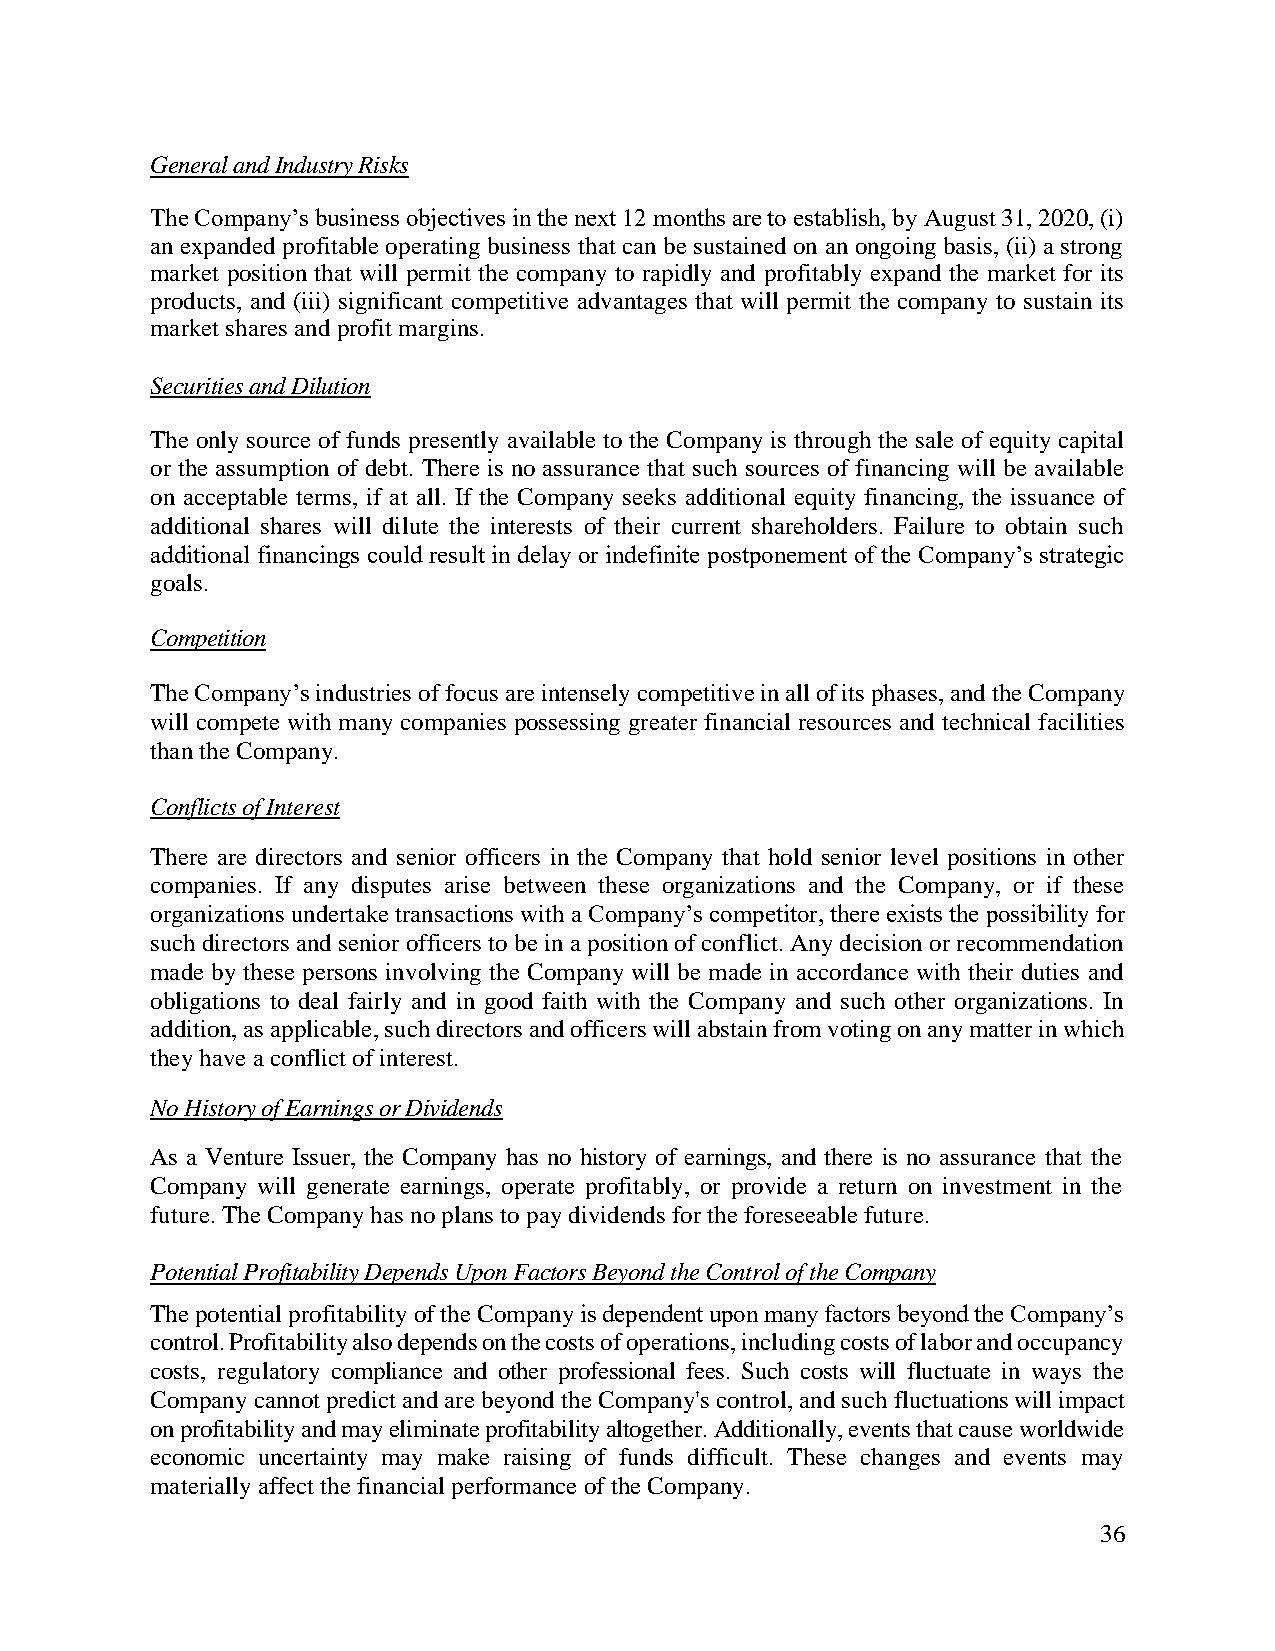
General and Industry Risks
 The Company’s business objectives in the next 12 months are to establish, by August 31, 2020, (i)
 an expanded profitable operating business that can be sustained on an ongoing basis, (ii) a strong
 market position that will permit the company to rapidly and profitably expand the market for its
 products, and (iii) significant competitive advantages that will permit the company to sustain its
 market shares and profit margins.
 Securities and Dilution
 The only source of funds presently available to the Company is through the sale of equity capital
 or the assumption of debt. There is no assurance that such sources of financing will be available
 on acceptable terms, if at all. If the Company seeks additional equity financing, the issuance of
 additional shares will dilute the interests of their current shareholders. Failure to obtain such
 additional financings could result in delay or indefinite postponement of the Company’s strategic
 goals.
 Competition
 The Company’s industries of focus are intensely competitive in all of its phases, and the Company
 will compete with many companies possessing greater financial resources and technical facilities
 than the Company.
 Conflicts of Interest
 There are directors and senior officers in the Company that hold senior level positions in other
 companies. If any disputes arise between these organizations and the Company, or if these
 organizations undertake transactions with a Company’s competitor, there exists the possibility for
 such directors and senior officers to be in a position of conflict. Any decision or recommendation
 made by these persons involving the Company will be made in accordance with their duties and
 obligations to deal fairly and in good faith with the Company and such other organizations. In
 addition, as applicable, such directors and officers will abstain from voting on any matter in which
 they have a conflict of interest.
 No History of Earnings or Dividends
 As a Venture Issuer, the Company has no history of earnings, and there is no assurance that the
 Company will generate earnings, operate profitably, or provide a return on investment in the
 future. The Company has no plans to pay dividends for the foreseeable future.
 Potential Profitability Depends Upon Factors Beyond the Control of the Company
 The potential profitability of the Company is dependent upon many factors beyond the Company’s
 control. Profitability also depends on the costs of operations, including costs of labor and occupancy
 costs, regulatory compliance and other professional fees. Such costs will fluctuate in ways the
 Company cannot predict and are beyond the Company's control, and such fluctuations will impact
 on profitability and may eliminate profitability altogether. Additionally, events that cause worldwide
 economic uncertainty may make raising of funds difficult. These changes and events may
 materially affect the financial performance of the Company.
 36